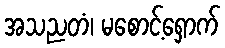
အသညတံ၊ မစောင့်ရှောက်